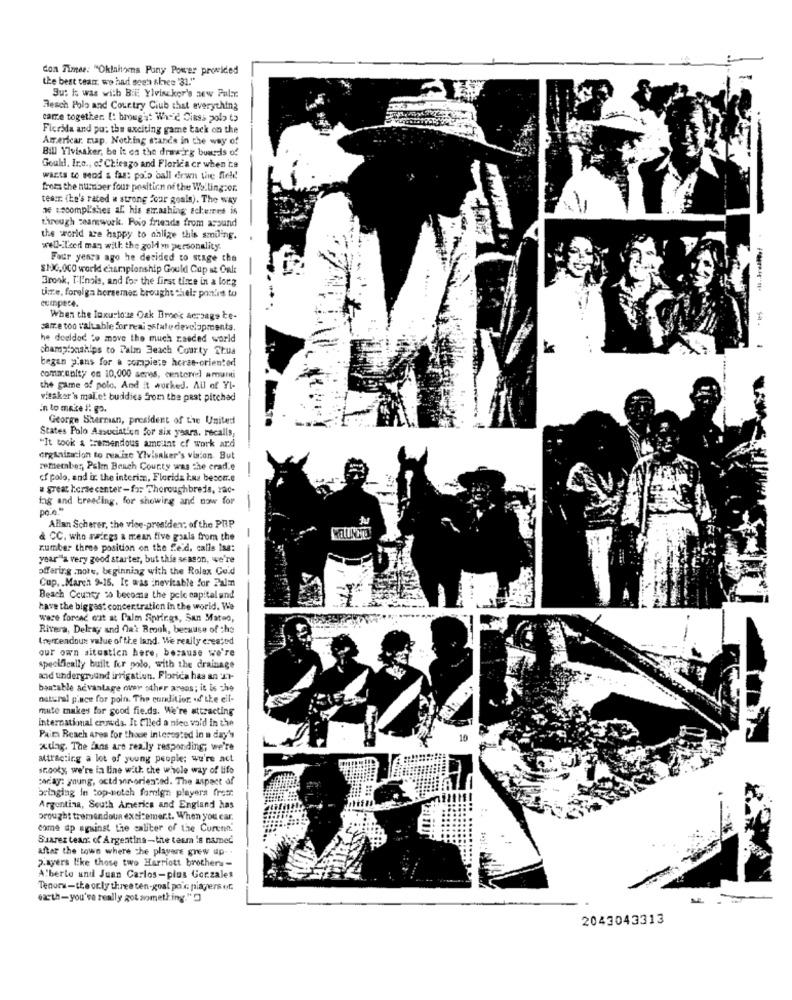
Con Timee: "Oklahoma Pany Power provided
the best team we had seen shee '31."
Su: i was with B:E Ylviscker's zew Paler
Resch Polo and Country Club that everything
carre together. [: brought Who'd CiRss 2012 t>
Ficrida and pu: the exciting game tack on the
Americar. map. Nothing stands in the way of
Bill Ylvisaker, be it on the drawing boards of
Gould. Ire ., of Chicago and Florica cr when ta
wants to seod & fas: pois ball down the field
from the number four position of the Wellington.
teatr: (he's rated a strong "our goals). The way
x secompl.shes af his etrashing; schemes is
through teamwork. Poio friends from around
the world are happy to ahlige this smiling.
well-ileed man with the gold m personality.
Four years ago he decided to stage che
$100,000 world championship Gould Cap st Galt
Brook, ['linois, and for the first time in a long
cumpece.
time, forelga horsemen brought hel: pon'est to
When the luxuriouse Oak Imes sersage te-
sarre too v'altable for real estate developmenta.
he deeldod to move the much raeded world
championships to Palm Beach Courty Thua
began p'ans for a compiere herse-oriented
community on 10,000 acres, centered amurti
the game of polo. And it worked. All of Yl-
vitaker's mal.et buddies from the past pitched
In to make #: go.
George Sherman, president of the United
States Polo Asoucist'un for six years. recalls,
"It took a tremendous amount of work and
organization to realize Ylvisaker's vision. But
remeraber, Palm Beach County was the crad.e
cf polo, and ix the interim, Florida Ins beson.e
. great horse center-fr: Thoroughbreds, rac-
tag and breeding, for showing and now for
po .. "
-
Allan Scherer, the vice-president of the PHP
& CC. who swings a mean five goals from the
-
zumber three position on the fle'd, calls Ing:
year"a very good starter, but this season, we're
offering mnote, beginning with the Rolex Co'd
Cup, . March 9-15. It was inevitable for Palm
Beach County % become the pelc capital and
have the biggest concentration in the world. We
were forend et at Palm Springs, San Mateo,
Rivera, Delray and Oak Brook, because of the
Iremendoux value of the land. We really created
our own situstien here, because we're
specifically built for polo, with the drainage
and underground irrigation. Florica has an It-
bantable advantage over other areas; it is che
natural p'nce for poin. The condition of the ell-
mute makes for good fie.ds. We're attracting
International crowda. It C'lied a nice vald in the
Pain Reach ares for those interested in a day's
xdag. The fans are realy responding; we're
attracting a lot of young people; we're act
snooty, we're in line with che whole way of life
caray: young, octdannoriented. The aspect of
bringing in top-notch famign players fremr
Argentina, South America and England has
Drought tremendous excizemer.t. When you ear.
come up against the caliter of the Curenn'
Suarez tean: of Argentins-the team is named
after the town where the players grew up-
2.ayers like those two Harriott brothers-
Alberto and Juan Carlos-plus Gorzales
Tenora-the only three ten-goal por piagers of.
earth- you've really got something."
2043043313